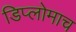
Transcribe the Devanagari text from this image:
डिप्लोमाच